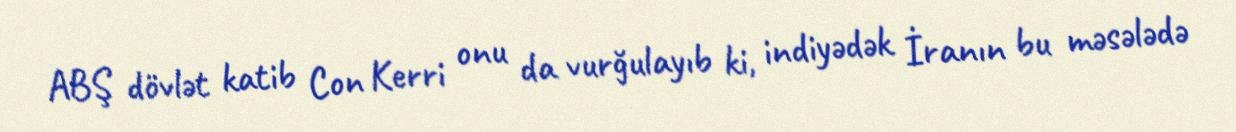
ABŞ dövlət katib Con Kerri onu da vurğulayıb ki, indiyədək İranın bu məsələdə